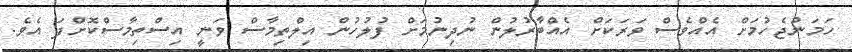
ހަމަނުޖެހުމަށް އެއްވެސް ވަރަކަށް އެއްބާރުލުން ނުދިނުމަށް ފުލުހުން އިލްތިމާސް ވަނީ އިސްތިމާސްކޮށްފަ އެވެ.